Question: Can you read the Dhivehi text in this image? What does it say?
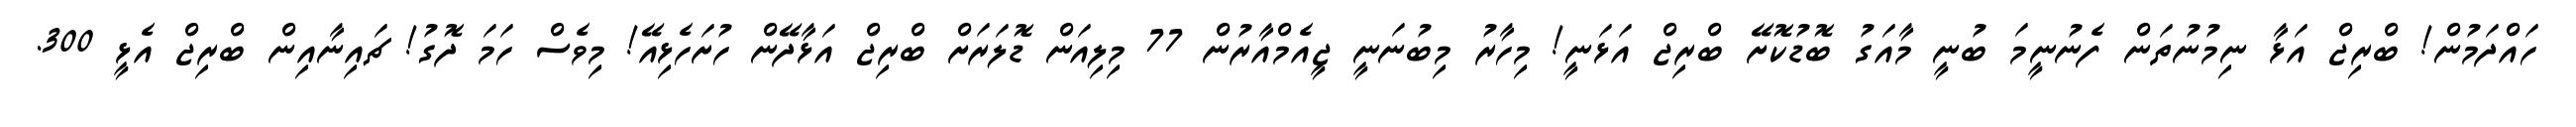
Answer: ހައްދަމުން! ބްރިޖް އަޅާ ނިމުނުތަން ފެނުނީމަ ބުނީ މާއަގު ބޮޑުކޮށޭ ބްރިޖް އަޅަނީ! މިހާރު މިބުނަނީ ޖީއެމްއާރުން 77 މިލިއަން ޑޮލަރަށް ބްރިޖް އަޅާދޭން ހުށަހެޅިއޭ! މިވެސް ހަމަ ދޮގު! ޗައިނާއިން ބްރިޖް އެޅީ 300.